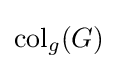
{\textrm {col}}_{g}(G)